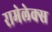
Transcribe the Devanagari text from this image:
रामेलेक्स